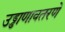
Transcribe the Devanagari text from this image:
उड्डाणावतरणे